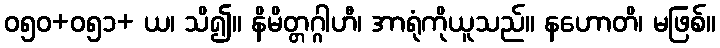
ဝ၅၀+၀၅၁+ ယ၊ သိ၍။ နိမိတ္တဂ္ဂါဟီ၊ အာရုံကိုယူသည်။ နဟောတိ၊ မဖြစ်။